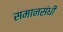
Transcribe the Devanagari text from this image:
समानसंधी